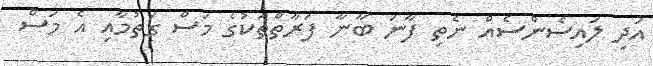
އަދި ލައިސެންސެއް ނެތި ފާނަ ބާނާ ފަރާތްތަކުގެ މަސް ގަތުމާއި އެ މަސް